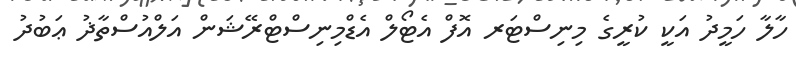
ހާލާ ހަމީދު އަކީ ކުރީގެ މިނިސްޓަރ އޮފް އެޓޯލް އެޑްމިނިސްޓްރޭޝަން އަލްއުސްތާޛު ޢަބުދު